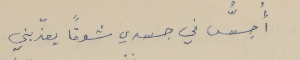
أُحسُّ في جسدي شوقاً يعذّبني